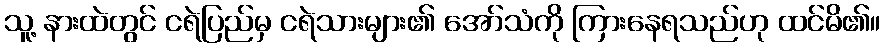
သူ့ နားထဲတွင် ငရဲပြည်မှ ငရဲသားများ၏ အော်သံကို ကြားနေရသည်ဟု ထင်မိ၏။